Medical and sanitary report of the native army of Madras for the year
Year: 1872
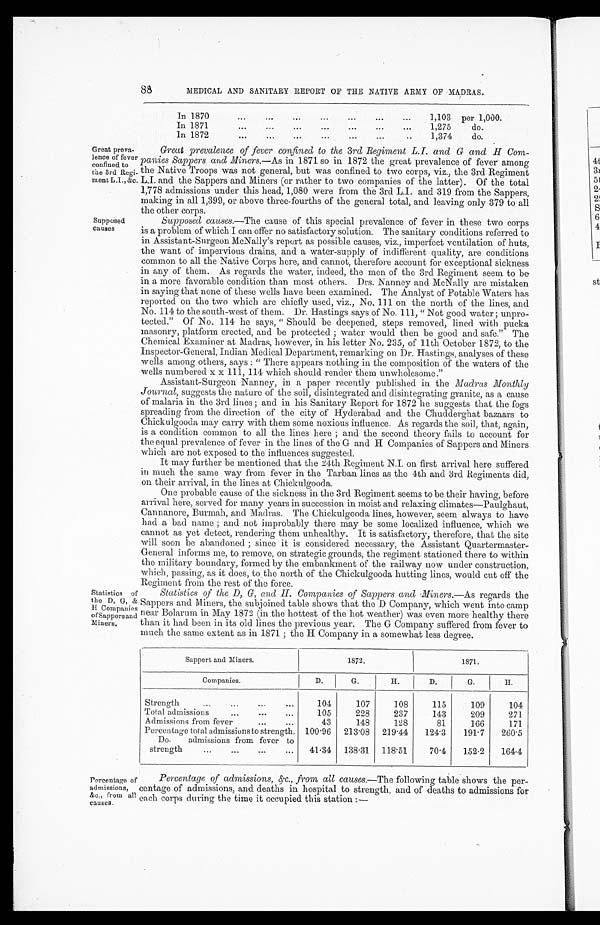
88
MEDICAL AND SANITARY REPORT OF THE NATIVE ARMY OF MADRAS.
In 1870
... ... ... ... ... ... ...
1,103 per 1,000.
In 1871
...
...
...
...
...
...
...
1,275
do.
In 1872
1,374
do.
Great preva¬lence of fever confined to
the 3rd Regi-
ment L.I., &c.
Supposed
causes
Great prevalence of fever confined to the 3rd Regiment L. and G and II Com-
panies Sappers and Miners.—As in 1871 so in 1872 the great prevalence of fever among
the Native Troops was not general, but was confined. to two corps, viz., the 3rd Regiment
L.I. and the Sappers and Miners (or rather to two companies of the latter). Of the total
1,778 admissions under this head, 1,080 were from the 3rd L.I. and 319 from the Sappers,
making in all 1,399, or above three-fourths of the general total, and leaving only 379 to all
the other corps.
Supposed causes.—The cause of this special prevalence of fever in these two corps
is a problem of which I can offer no satisfactory solution. The sanitary conditions referred to
in Assistant-Surgeon McNally's report as possible causes, viz., imperfect ventilation of huts,
the want of impervious drains, and a water-supply of indifferent quality, are conditions
common to all the Native Corps here, and cannot, therefore account for exceptional sickness
in any of them. As regards the water, indeed, the men of the 3rd Regiment seem to be
in a more favorable condition than most others. Drs. Nanney and McNally are mistaken
in saying that none of these wells have been examined. The Analyst of Potable Waters has
reported on the two which are chiefly used, viz., No. 111 on the north of the lines, and
No. 114 to the south-west of them. Dr. Hastings says of No. 11l, "Not good water ; unpro-
tected." Of No. 114 he says, " Should be deepened, steps removed, lined with pucka
masonry, platform erected, and be protected ; water would then be good and safe." The
Chemical Examiner at Madras, however, in his letter No. 235, of 11th October 1872, to the
Inspector-General, Indian Medical Department, remarking on Dr. Hastings, analyses of these
wells among others, says : " There appears nothing in the composition of the waters of the
wells numbered x x 111, 114 which should render them unwholesome."
Assistant-Surgeon Nanney, in a paper recently published in the Madras Monthly
Journal, suggests the nature of the soil, disintegrated and disintegrating granite, as a cause
of malaria in the 3rd lines ; and in his Sanitary Report for 1872 he suggests that the fogs
spreading from the direction of the city of Hyderabad and the Chudderghat bazaars to
Chickulgooda may carry with them some noxious influence. As regards the soil, that, again,
is a condition common to all the lines here ; and the second theory fails to account for
the equal prevalence of fever in the lines of the G and H Companies of Sappers and Miners
which are not exposed to the influences suggested.
It may further be mentioned that the 24th Regiment N.I. on first arrival here suffered
in much the same way from fever in the Tarban lines as the 4th and 3rd Regiments did,
on their arrival, in the lines at Chickulgooda.
One probable cause of the sickness in the 3rd Regiment seems to be their having, before
arrival here, served for many years in succession in moist and relaxing climates—Paulghaut,
Cannanore,, Burmah, and Madras. The Chickulgooda lines, however, seem always to have
had a bad name ; and not improbably there may be some localized influence, which we
cannot as yet detect, rendering them unhealthy. It is satisfactory, therefore, that the site
will soon be abandoned ; since it is considered necessary, the Assistant Quartermaster-
General informs me, to remove, on strategic grounds, the regiment stationed there to within
the military boundary, formed by the embankment of the railway now under construction,
which, passing, as it does, to the north of the Chickulgooda hutting lines, would cut off the
Regiment from the rest of the force.
Statistics of
the D, G, &
H Companies
of Sappers and
Miners.
Statistics of the D, G, and H Companies of Sappers and Miners . — A s r e g a r d s t h e
Sappers and Miners, the subjoined table shows that the D Company, which went into camp
near Bolarum in May 1872 (in the hottest of the hot weather) was even more healthy there
than it had been in its old lines the previous year. The G Company suffered from fever to
much the same extent as in 1871 ; the H Company in a somewhat less degree.
Sappert and Miners.
1872.
1871.
Companies.
D.
G.
H.
D.
G.
H.
Strength
...
...
... ....
104
107
108
115
109
104
Total admissions
...
...
...
105
228
237
143
209
271
Admissions from fever
...
...
43
148
128
81
166
171
Percentage total admissions to strength. 100.96
213.08
219.44
124.3
191.7
260.5
Do.
admissions from fever to
strength
...
...
...
...
41.34
138.31
118.51
70.4
152.2
164.4
Percentage of
admissions,
&c., from all
causes.
Percentage of admissions, &c., from all causes.—The following table shows the per-
centage of admissions, and deaths in hospital to strength, and of deaths to admissions for
each corps during the time it occupied this station